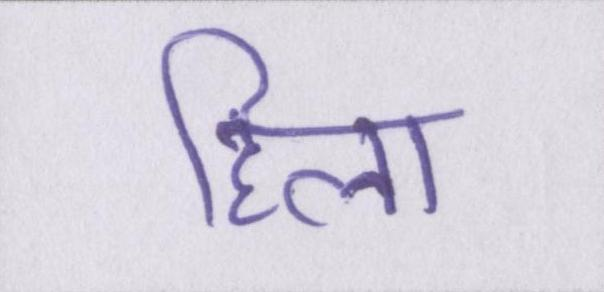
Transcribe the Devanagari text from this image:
हिला